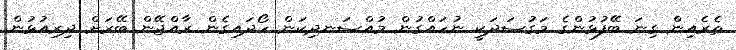
ތެރެއިން ގިނަ ބޭފުޅުންގެ މަގުސަދަކީ ނުހައްގުން މުއްސަނދިކަން ހޯދައިގެން ރާއްޖޭން ބޭރަށް ދިރިއުޅުން